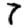
Digit: 7